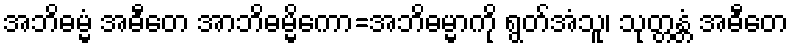
အဘိဓမ္မံ အဓီတေ အာဘိဓမ္မိကော=အဘိဓမ္မာကို ရွတ်အံသူ၊ သုတ္တန္တံ အဓီတေ